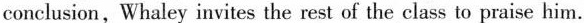
conclusion, Whaley invites the rest of the class to praise him.